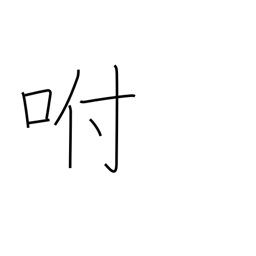
Meaning: blow